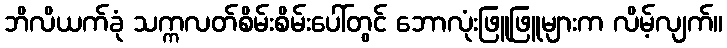
ဘိလိယက်ခုံ သက္ကလတ်စိမ်းစိမ်းပေါ်တွင် ဘောလုံးဖြူဖြူများက လိမ့်လျက်။